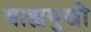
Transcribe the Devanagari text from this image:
बाह्यमुखी